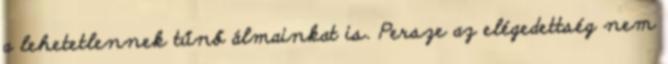
a lehetetlennek tűnő álmainkat is. Persze az elégedettség nem